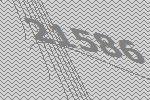
21586